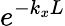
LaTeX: e^{-k_{x}L}